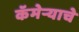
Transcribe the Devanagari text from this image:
कॅमेर्‍याचे